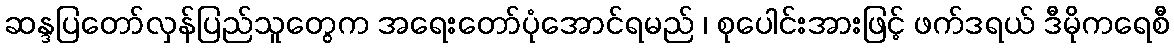
ဆန္ဒပြတော်လှန်ပြည်သူတွေက အရေးတော်ပုံအောင်ရမည် ၊ စုပေါင်းအားဖြင့် ဖက်ဒရယ် ဒီမိုကရေစီ